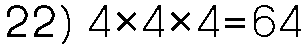
22) 4×4×4=64